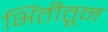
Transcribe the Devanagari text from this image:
भिंतीतून